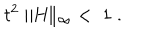
LaTeX: t ^ { 2 } \parallel \! \! H \! \! \parallel _ { \infty } \; < \; 1 \; .